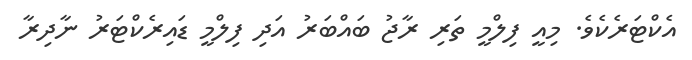
އެކްޓަރެކެވެ. މިއީ ފިލްމީ ތަރި ރާޖު ބައްބަރު އަދި ފިލްމީ ޑައިރެކްޓަރު ނާދިރާ